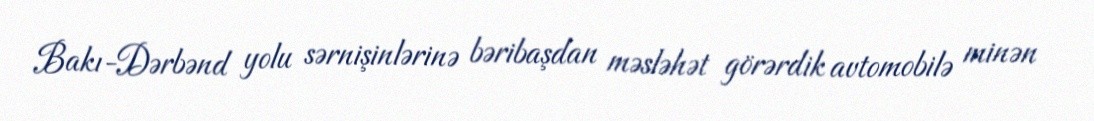
Bakı-Dərbənd yolu sərnişinlərinə bəribaşdan məsləhət görərdik avtomobilə minən